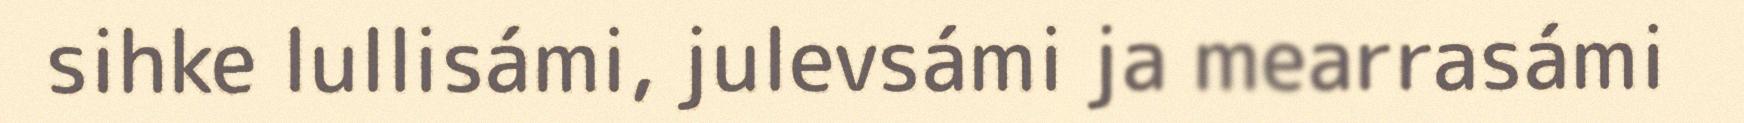
sihke lullisámi, julevsámi ja mearrasámi